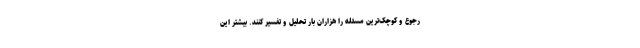
رجوع و کوچک‌ترین مسئله را هزاران بار تحلیل و تفسیر کنند. بیشتر این